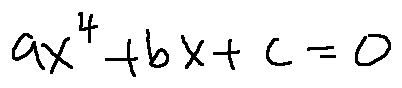
a x ^ { 4 } + b x + c = 0